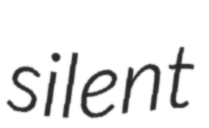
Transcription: silent